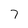
Character: 7